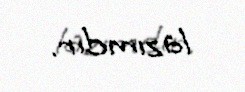
lazımdır.